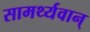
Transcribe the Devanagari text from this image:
सामर्थ्यवान्